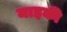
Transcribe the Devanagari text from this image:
माइकी